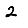
Digit: 2